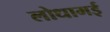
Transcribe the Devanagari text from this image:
लोधामई